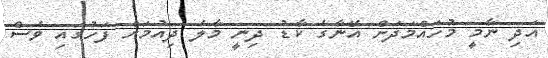
އަދި ނާމީ މުހައްމަދަށް އޭނާގެ ކާޑު ދިނީ މާލެ ދިއުމަށް ފަހުގައި ވެސް